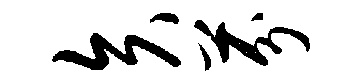
矢芬